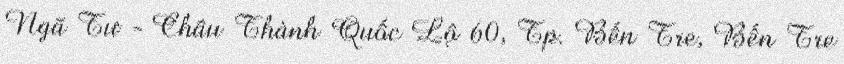
Ngã Tư - Châu Thành Quốc Lộ 60, Tp. Bến Tre, Bến Tre